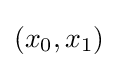
(x_{0},x_{1})